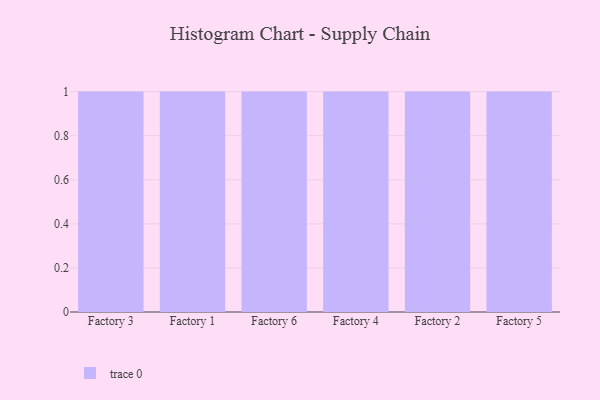
{"axis": {"x": "Factory", "y": "Page Views"}, "legend": [""], "data": [{"x": "Factory 3", "y": 82, "type": ""}, {"x": "Factory 1", "y": 40, "type": ""}, {"x": "Factory 6", "y": 90, "type": ""}, {"x": "Factory 4", "y": 73, "type": ""}, {"x": "Factory 2", "y": 44, "type": ""}, {"x": "Factory 5", "y": 97, "type": ""}]}